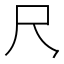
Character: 𪛛